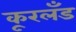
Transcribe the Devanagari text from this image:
कूरलँड